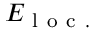
E _ { \mathrm { ~ l ~ o ~ c ~ . ~ } }